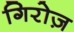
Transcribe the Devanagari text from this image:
गिरोज़